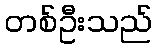
တစ်ဦးသည်